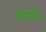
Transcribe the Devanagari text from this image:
अंद्रोथ